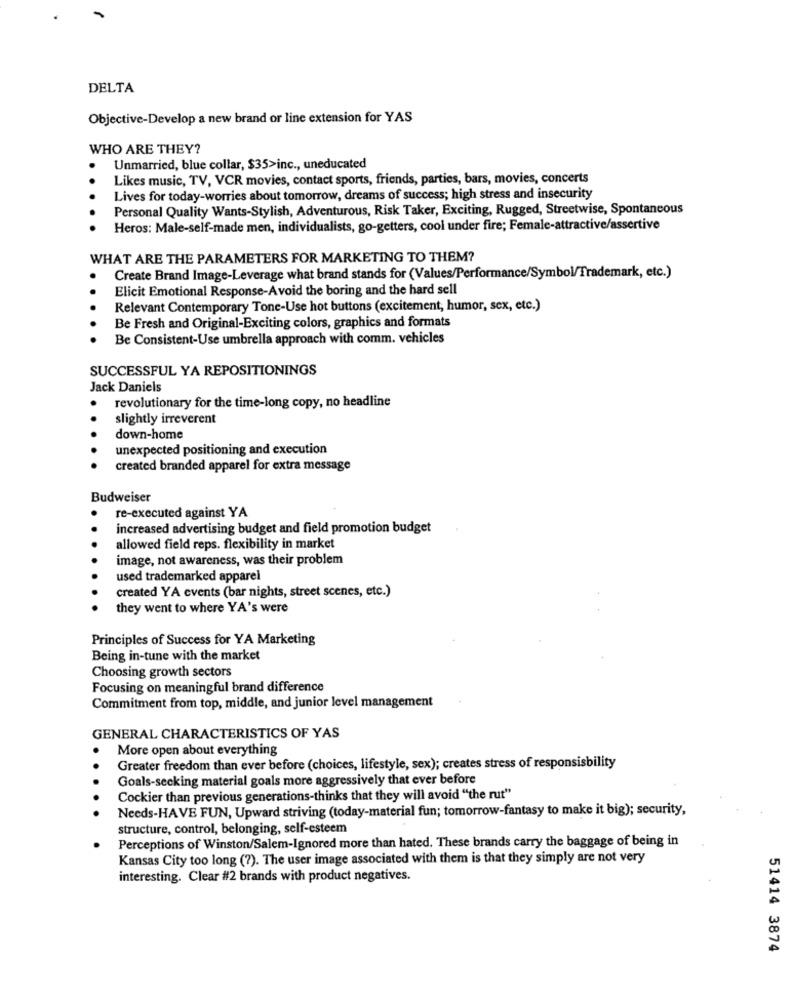
DELTA
Objective-Develop a new brand or line extension for YAS
WHO ARE THEY?
Unmarried, blue collar, $35>inc ., uneducated
..
Likes music, TV, VCR movies, contact sports, friends, parties, bars, movies, concerts
Lives for today-worries about tomorrow, dreams of success; high stress and insecurity
Personal Quality Wants-Stylish, Adventurous, Risk Taker, Exciting, Rugged, Streetwise, Spontaneous
Heros: Male-self-made men, individualists, go-getters, cool under fire; Female-attractive/assertive
WHAT ARE THE PARAMETERS FOR MARKETING TO THEM?
Create Brand Image-Leverage what brand stands for (Values/Performance/Symbol/Trademark, etc.)
..
Elicit Emotional Response-Avoid the boring and the hard sell
Relevant Contemporary Tone-Use hot buttons (excitement, humor, sex, etc.)
Be Fresh and Original-Exciting colors, graphics and formats
Be Consistent-Use umbrella approach with comm. vehicles
SUCCESSFUL YA REPOSITIONINGS
Jack Daniels
revolutionary for the time-long copy, no headline
slightly irreverent
down-home
unexpected positioning and execution
created branded apparel for extra message
Budweiser
re-executed against YA
increased advertising budget and field promotion budget
allowed field reps. flexibility in market
image, not awareness, was their problem
used trademarked apparel
created YA events (bar nights, street scenes, etc.)
they went to where YA's were
Principles of Success for YA Marketing
Being in-tune with the market
Choosing growth sectors
Focusing on meaningful brand difference
Commitment from top, middle, and junior level management
GENERAL CHARACTERISTICS OF YAS
More open about everything
Greater freedom than ever before (choices, lifestyle, sex); creates stress of responsisbility
Goals-seeking material goals more aggressively that ever before
Cockier than previous generations-thinks that they will avoid "the rut"
Needs-HAVE FUN, Upward striving (today-material fun; tomorrow-fantasy to make it big); security,
structure, control, belonging, self-esteem
Perceptions of Winston/Salem-Ignored more than hated. These brands carry the baggage of being in
Kansas City too long (?). The user image associated with them is that they simply are not very
interesting. Clear #2 brands with product negatives.
51414 3874